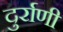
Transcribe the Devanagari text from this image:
दुर्राणी